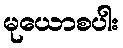
မုယောစပါး